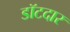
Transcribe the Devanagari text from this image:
डॉटदार